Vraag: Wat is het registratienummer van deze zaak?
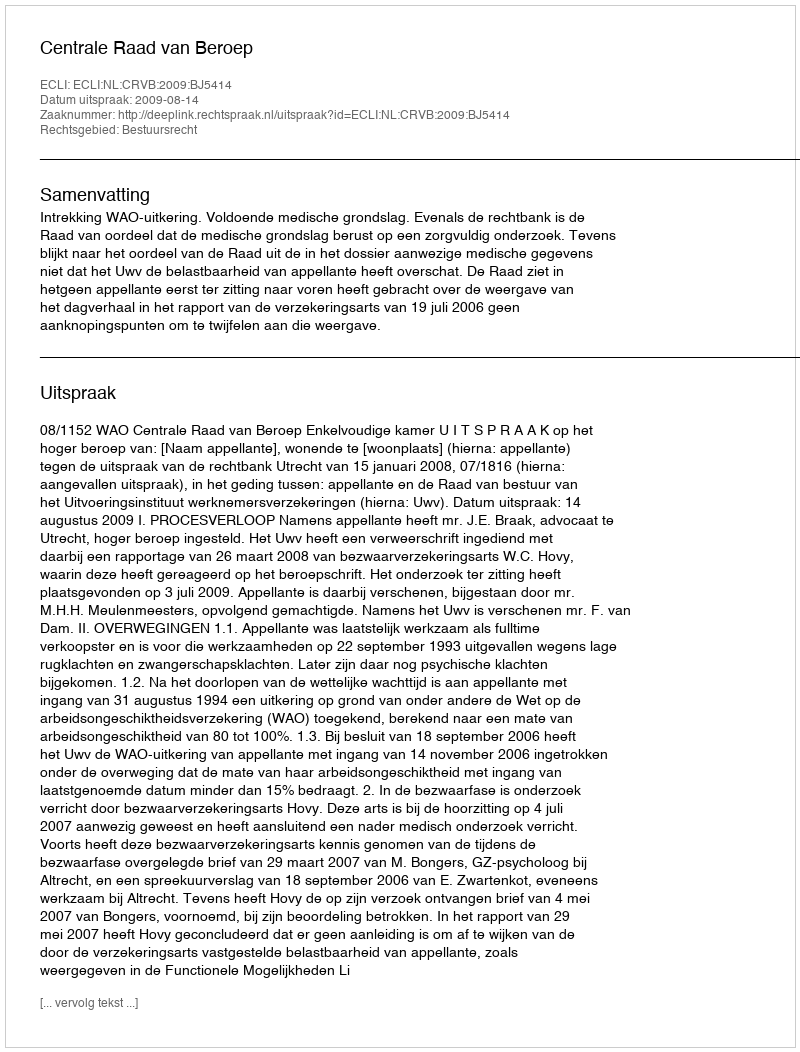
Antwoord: http://deeplink.rechtspraak.nl/uitspraak?id=ECLI:NL:CRVB:2009:BJ5414